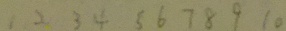
1 2 3 4 5 6 7 8 9 1 0